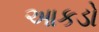
આકડો